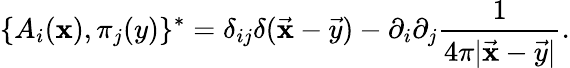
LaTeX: \{ A_{i}(\mathbf{x}),\pi_{j}(y)\} ^{\ast}=\delta_{ij}\delta({\vec{{\mathbf{x}}}}-{\vec{{y}}})-\partial_{i}\partial_{j}{\frac{{1}}{{4\pi|{\vec{{\mathbf{x}}}}-{\vec{{y}}}|}}}.